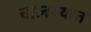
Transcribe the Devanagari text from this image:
चालण्यात